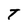
Character: T